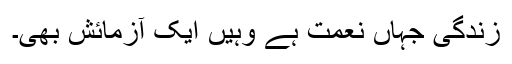
زندگی جہاں نعمت ہے وہیں ایک آزمائش بھی۔